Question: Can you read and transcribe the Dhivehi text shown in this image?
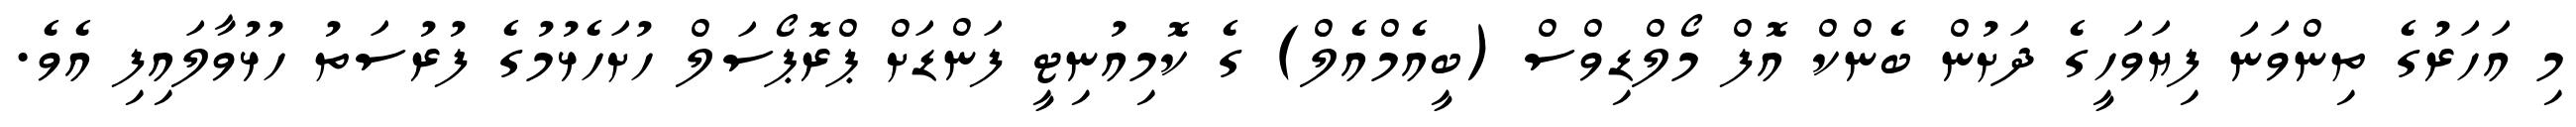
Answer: މި އަހަރުގެ ތިންވަނަ ފިޔަވަހީގެ ދަށުން ބެންކް އޮފް މޯލްޑިވްސް (ބީއެމްއެލް) ގެ ކޮމިއުނިޓީ ފަންޑަށް ޕްރޮޕޯސަލް ހުށަހެޅުމުގެ ފުރުސަތު ހުޅުވާލައިފި އެވެ.